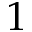
1